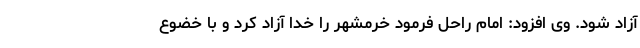
آزاد شود. وی افزود: امام راحل فرمود خرمشهر را خدا آزاد کرد و با خضوع